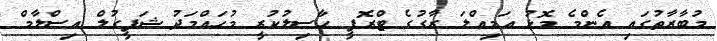
މުބާރާތުގައި އެންމެ މޮޅު އަމިއްލަ ރާގުގެ ޓްރޮފީ ހާސިލުކުރީ މުހައްމަދު ޝަފީގުލް އިސްލާމް